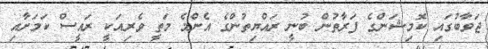
ޖަވާބުގައި ކޮމިޝަންގެ ފަރާތުން ބުނީ ރައްޔިތުންގެ އެންމެ މަތީ ވެރިއަކީ ރައީސް ކަމަށާއި